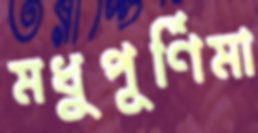
মধুপূর্ণিমা